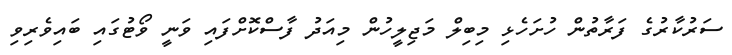
ސަރުކާރުގެ ފަރާތުން ހުށަހެޅި މިބިލް މަޖިލީހުން މިއަދު ފާސްކޮށްފައި ވަނީ ވޯޓުގައި ބައިވެރިވި